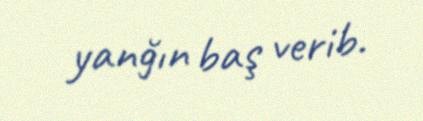
yanğın baş verib.